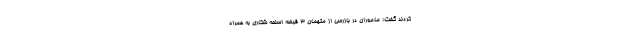
کردند گفت: ماموران در بازرسی از متهمان ۳ قبضه اسلحه شکاری به همراه